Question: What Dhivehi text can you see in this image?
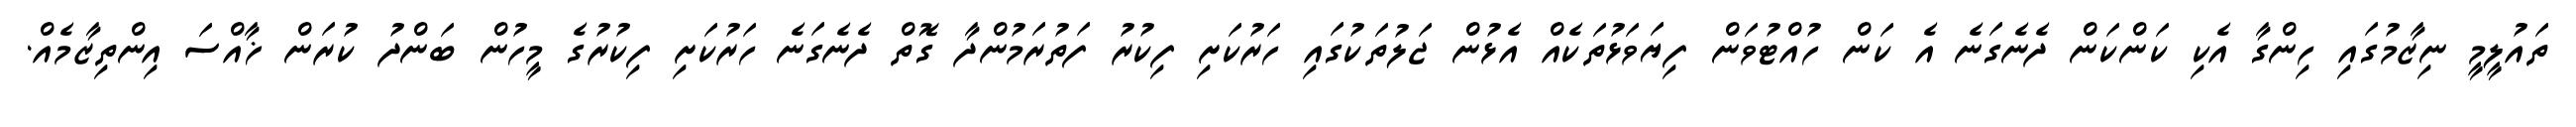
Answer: ތައުލީމީ ނިޒާމުގައި ހިންގާ އެކި ކަންކަން ދެނެގަނެ އެ ކަން ހުއްޓުވަން ފިޔަވަޅުތަކެއް އެޅުން ޖަލުތަކުގައި ހަރުކަށި ފިކުރު ފަތުރަމުންދާ ގޮތް ދެނެގަނެ ހަރުކަށި ފިކުރުގެ މީހުން ބަންދު ކުރަން ޚާއްސަ އިންތިޒާމެއް.